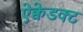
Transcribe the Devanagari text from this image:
ऐक्वेडक्ट